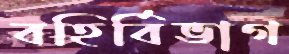
বহির্বিভাগ